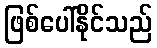
ဖြစ်ပေါ်နိုင်သည်